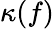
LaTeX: \kappa(f)